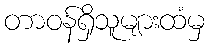
တာဝန်ရှိသူများထံမှ